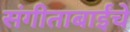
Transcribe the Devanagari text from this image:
संगीताबाईंचे